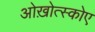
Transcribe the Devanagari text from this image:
ओख़ोत्स्कोए